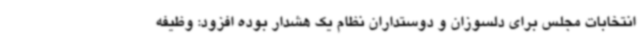
انتخابات مجلس برای دلسوزان و دوستداران نظام یک هشدار بوده افزود: وظیفه